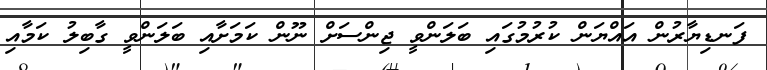
ފަނޑިޔާރުން އައްޔަން ކުރުމުގައި ބަލަންވީ ޖިންސަށް ނޫން ކަމަށާއި ބަލަންވީ ގާބިލު ކަމާއި